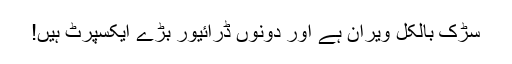
سڑک بالکل ویران ہے اور دونوں ڈرائیور بڑے ایکسپرٹ ہیں!